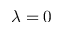
\lambda = 0